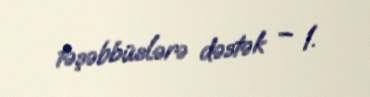
təşəbbüslərə dəstək – 1.